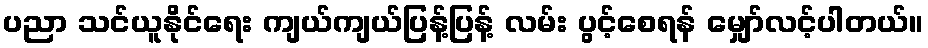
ပညာ သင်ယူနိုင်ရေး ကျယ်ကျယ်ပြန့်ပြန့် လမ်း ပွင့်စေရန် မျှော်လင့်ပါတယ်။